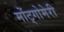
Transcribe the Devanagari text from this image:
मोंट्गोमेरी